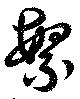
繁